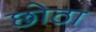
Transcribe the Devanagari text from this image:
छोठा